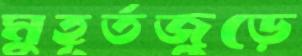
মুহূর্তজুড়ে